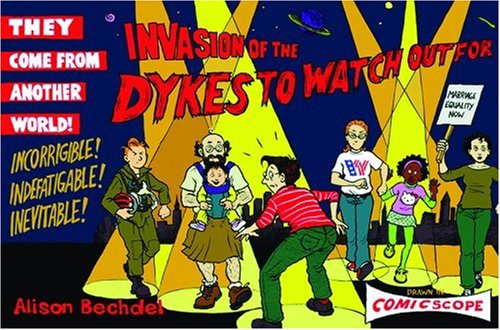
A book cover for Invasion of the Dykes to Watch Out For; Alison Bechdel; Comics & Graphic Novels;